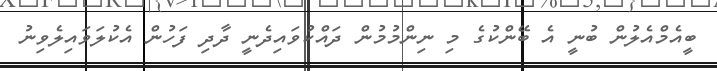
ބީއެމްއެލުން ބުނީ އެ ބޭންކުގެ މި ނިންމުމުން ދައްކުވައިދެނީ ދާދި ފަހުން އެކުލަވައިލެވިނު